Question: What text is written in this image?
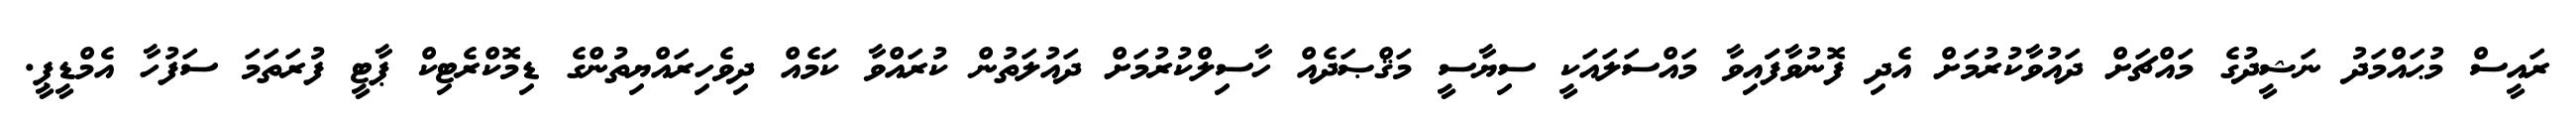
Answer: ރައީސް މުޙައްމަދު ނަޝީދުގެ މައްޗަށް ދައުވާކުރުމަށް އެދި ފޮނުވާފަައިވާ މައްސަލައަކީ ސިޔާސީ މަޤްޞަދެއް ހާސިލްކުރުމަށް ދައުލަތުން ކުރައްވާ ކަމެއް ދިވެހިރައްޔިތުންގެ ޑިމޮކްރެޓިކް ޕާޓީ ފުރަތަމަ ސަފުހާ އެމްޑީޕީ.